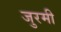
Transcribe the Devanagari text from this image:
जुरमी